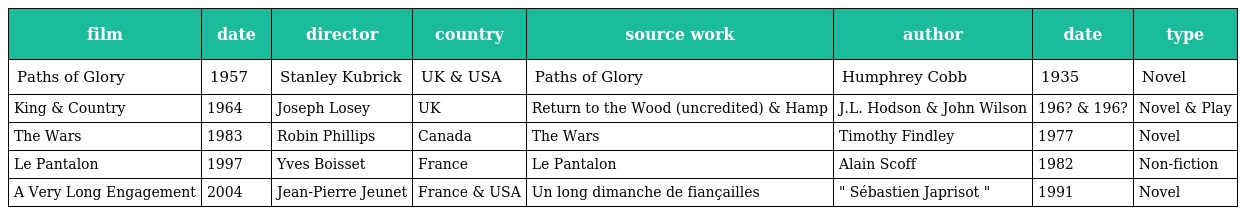
| film | date | director | country | source work | author | date | type |
 | --- | --- | --- | --- | --- | --- | --- | --- |
 | Paths of Glory | 1957 | Stanley Kubrick | UK & USA | Paths of Glory | Humphrey Cobb | 1935 | Novel |
 | King & Country | 1964 | Joseph Losey | UK | Return to the Wood (uncredited) & Hamp | J.L. Hodson & John Wilson | 196? & 196? | Novel & Play |
 | The Wars | 1983 | Robin Phillips | Canada | The Wars | Timothy Findley | 1977 | Novel |
 | Le Pantalon | 1997 | Yves Boisset | France | Le Pantalon | Alain Scoff | 1982 | Non-fiction |
 | A Very Long Engagement | 2004 | Jean-Pierre Jeunet | France & USA | Un long dimanche de fiançailles | " Sébastien Japrisot " | 1991 | Novel |